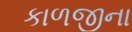
કાળજીના